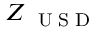
Z _ { \mathrm { ~ \tiny ~ U ~ S ~ D ~ } }